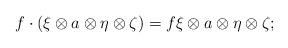
LaTeX: \begin{align*}f\cdot (\xi\otimes a\otimes \eta\otimes \zeta)=f\xi\otimes a\otimes \eta\otimes \zeta;\end{align*}